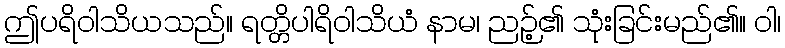
ဤပရိဝါသိယသည်။ ရတ္တိပါရိဝါသိယံ နာမ၊ ညဉ့်၏ သုံးခြင်းမည်၏။ ဝါ၊